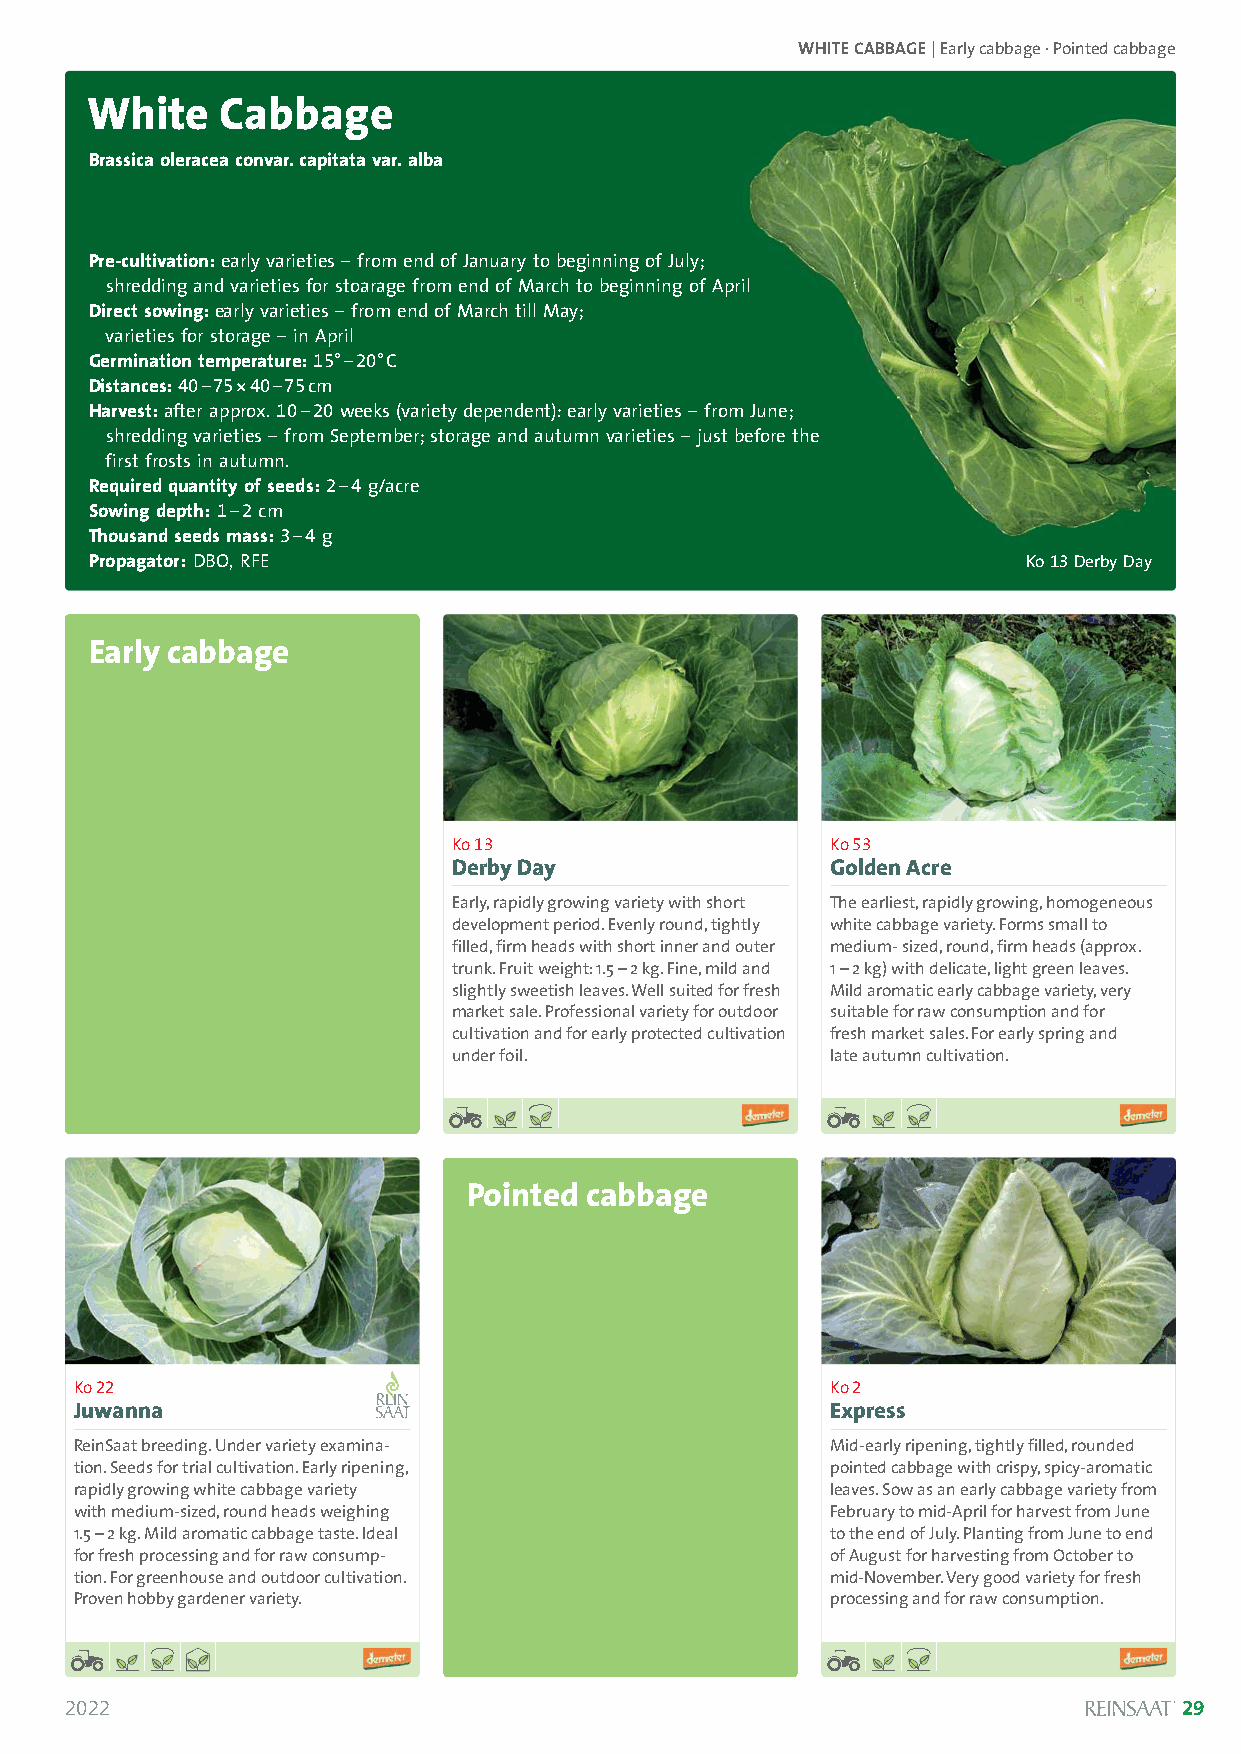
WHITE CABBAGE| Early cabbage · Pointed cabbage
 White    Cabbage
 Brassica oleracea convar. capitata var. alba
 Pre-cultivation: early varieties –from end of January to beginning of July;
 shredding and varieties for stoarage from end of March to beginning of April
 Direct sowing: early varieties –from end of March till May;
 varieties for storage –in April
 Germination temperature:15°–20°C
 Distances:40–75*40–75cm
 Harvest:after approx. 10–20weeks (variety dependent): early varieties –from June;
 shredding varieties –from September; storage and autumn varieties –just before the
 first frosts in autumn.
 Required quantity of seeds:2–4g/acre
 Sowing depth:1–2cm
 Thousand seeds mass:3–4 g
 Propagator:DBO, RFE                                           Ko 13Derby Day
 Early cabbage
 Solanum lycopersicum
 Ko 13                    Ko 53
 Derby Day                Golden Acre
 Early, rapidly growing variety with short The earliest, rapidly growing, homogeneous
 development period. Evenly round, tightly white cabbage variety. Forms small to
 filled, firm heads with short inner and outer medium- sized, round, firm heads (approx.
 trunk. Fruit weight: 1.5 –2 kg. Fine, mild and 1 –2 kg) with delicate, light green leaves.
 slightly sweetish leaves. Well suited for fresh Mild aromatic early cabbage variety, very
 market sale. Professional variety for outdoor suitable for raw consumption and for
 cultivation and for early protected cultivation fresh market sales. For early spring and
 under foil.              late autumn cultivation.
 Pointed cabbage
 Solanum lycopersicum
 Ko 22                                             Ko 2
 Juwanna                                           Express
 ReinSaat breeding. Under variety examina-         Mid-early ripening, tightly filled, rounded
 tion. Seeds for trial cultivation. Early ripening, pointed cabbage with crispy, spicy-aromatic
 rapidly growing white cabbage variety             leaves. Sow as an early cabbage variety from
 with medium-sized, round heads weighing           February to mid-April for harvest from June
 1.5 –2 kg. Mild aromatic cabbage taste. Ideal     to the end of July. Planting from June to end
 for fresh processing and for raw consump-         of August for harvesting from October to
 tion. For greenhouse and outdoor cultivation.     mid-November. Very good variety for fresh
 Proven hobby gardener variety.                    processing and for raw consumption.
 2022                                                                      29